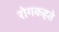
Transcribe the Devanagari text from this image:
रोगकहते